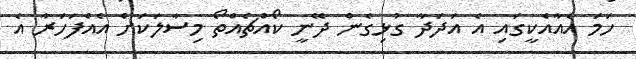
ހަމަ އެއާއެކީގައި އެ އަދަދާ ގުޅިގެން ދޭނީ ކޯއްޗެއްތޯ މިސާލަކަށް އެއްފަހަރާ އެ